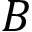
B